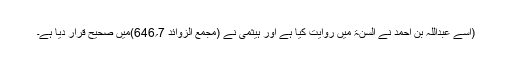
(اسے عبداللہ بن احمد نے السنۃ میں روایت کیا ہے اور ہیثمی نے (مجمع الزوائد 7؍646)میں صحیح قرار دیا ہے۔